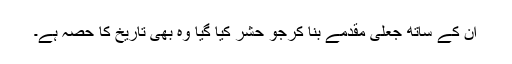
ان کے ساتھ جعلی مقدمے بنا کرجو حشر کیا گیا وہ بھی تاریخ کا حصہ ہے۔